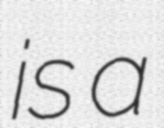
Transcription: is a